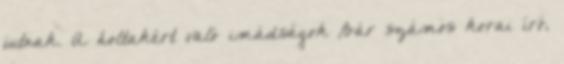
jutnak. A holtakért való imádságok Bár számos korai író,